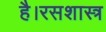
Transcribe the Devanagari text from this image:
है।रसशास्त्र